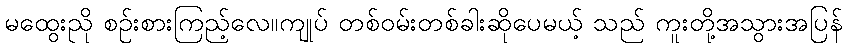
မထွေးညို စဉ်းစားကြည့်လေ။ကျုပ် တစ်ဝမ်းတစ်ခါးဆိုပေမယ့် သည် ကူးတို့အသွားအပြန်